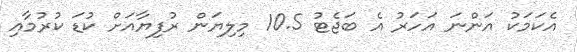
އެކަމަކު އަންނަ އަހަރު އެ ބަޖެޓު 10.5 މިލިޔަން ރުފިޔާއަށް ކުޑަ ކުރުމާއި